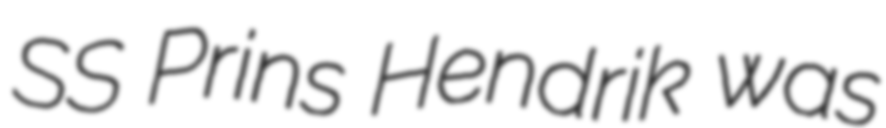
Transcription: SS Prins Hendrik was